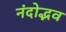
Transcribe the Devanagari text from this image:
नंदोद्भव